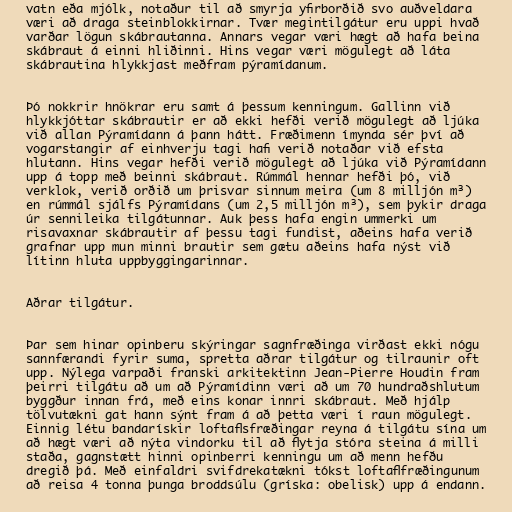
vatn eða mjólk, notaður til að smyrja yfirborðið svo auðveldara
væri að draga steinblokkirnar. Tvær megintilgátur eru uppi hvað
varðar lögun skábrautanna. Annars vegar væri hægt að hafa beina
skábraut á einni hliðinni. Hins vegar væri mögulegt að láta
skábrautina hlykkjast meðfram pýramídanum.

Þó nokkrir hnökrar eru samt á þessum kenningum. Gallinn við
hlykkjóttar skábrautir er að ekki hefði verið mögulegt að ljúka
við allan Pýramídann á þann hátt. Fræðimenn ímynda sér því að
vogarstangir af einhverju tagi hafi verið notaðar við efsta
hlutann. Hins vegar hefði verið mögulegt að ljúka við Pýramídann
upp á topp með beinni skábraut. Rúmmál hennar hefði þó, við
verklok, verið orðið um þrisvar sinnum meira (um 8 milljón m³)
en rúmmál sjálfs Pýramídans (um 2,5 milljón m³), sem þykir draga
úr sennileika tilgátunnar. Auk þess hafa engin ummerki um
risavaxnar skábrautir af þessu tagi fundist, aðeins hafa verið
grafnar upp mun minni brautir sem gætu aðeins hafa nýst við
lítinn hluta uppbyggingarinnar.

Aðrar tilgátur.

Þar sem hinar opinberu skýringar sagnfræðinga virðast ekki nógu
sannfærandi fyrir suma, spretta aðrar tilgátur og tilraunir oft
upp. Nýlega varpaði franski arkitektinn Jean-Pierre Houdin fram
þeirri tilgátu að um að Pýramídinn væri að um 70 hundraðshlutum
byggður innan frá, með eins konar innri skábraut. Með hjálp
tölvutækni gat hann sýnt fram á að þetta væri í raun mögulegt.
Einnig létu bandarískir loftaflsfræðingar reyna á tilgátu sína um
að hægt væri að nýta vindorku til að flytja stóra steina á milli
staða, gagnstætt hinni opinberri kenningu um að menn hefðu
dregið þá. Með einfaldri svifdrekatækni tókst loftaflfræðingunum
að reisa 4 tonna þunga broddsúlu (gríska: obelisk) upp á endann.